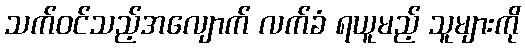
သက်ဝင်သည့်အလျောက် လက်ခံ ရယူမည့် သူများကို